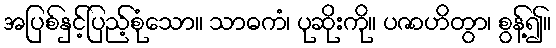
အပြစ်နှင့်ပြည့်စုံသော။ သာဓကံ၊ ပုဆိုးကို။ ပဇာဟိတွာ၊ စွန့်၍။